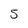
Character: 5